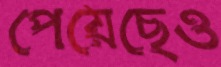
পেয়েছেও